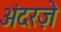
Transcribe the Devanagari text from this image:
अंदरज़े